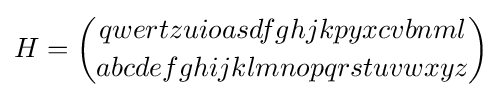
H={\binom {qwertzuioasdfghjkpyxcvbnml}{abcdefghijklmnopqrstuvwxyz}}